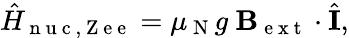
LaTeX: \hat{H}_{\mathrm{~n~u~c~,~Z~e~e~}}=\mu_{\mathrm{~N~}}g\ \mathbf{B}_{\mathrm{~e~x~t~}}\cdot\hat{\mathbf{I}},